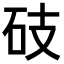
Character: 𥑂